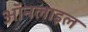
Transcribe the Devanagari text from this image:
ऑनलाइल